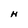
Character: H